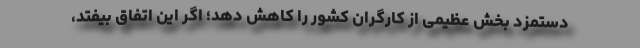
دستمزد بخش عظیمی از کارگران کشور را کاهش دهد؛ اگر این اتفاق بیفتد،